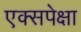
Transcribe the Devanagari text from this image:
एक्सपेक्षा